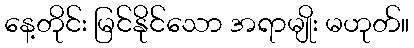
နေ့တိုင်း မြင်နိုင်သော အရာမျိုး မဟုတ်။